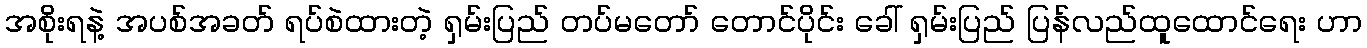
အစိုးရနဲ့ အပစ်အခတ် ရပ်စဲထားတဲ့ ရှမ်းပြည် တပ်မတော် တောင်ပိုင်း ခေါ် ရှမ်းပြည် ပြန်လည်ထူထောင်ရေး ဟာ